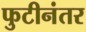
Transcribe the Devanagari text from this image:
फुटीनंतर